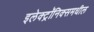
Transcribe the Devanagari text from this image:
इलेक्ट्रॉनिक्समधील